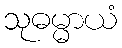
သုဓမ္မာယံ